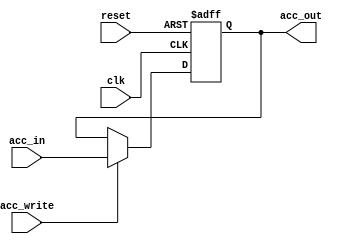
module Accumulator (
  input wire clk,
  input wire reset,
  input wire acc_write,
  input wire [15:0] acc_in,
  output reg [15:0] acc_out
);
  always @(posedge clk or posedge reset) begin
    if (reset) begin
      acc_out <= 16'b0;
    end else if (acc_write) begin
      acc_out <= acc_in;
    end
  end
endmodule